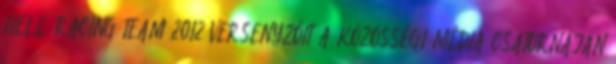
HELL RACING TEAM 2012 VERSENYZŐIT A KÖZÖSSÉGI MÉDIA CSATORNÁJÁN